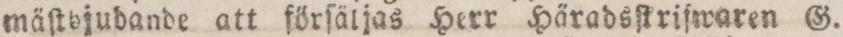
mäſtbjudande att förſäljas Herr Häradsſtrifwaren G.